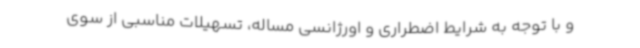
و با توجه به شرایط اضطراری و اورژانسی مساله، تسهیلات مناسبی از سوی